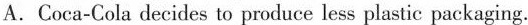
A.Coca-Cola decides to produce less plastic packaging.